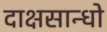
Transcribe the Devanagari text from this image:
दाक्षसान्धो